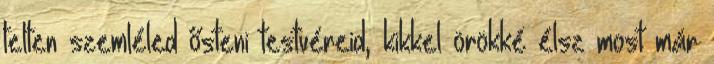
telten szemléled ősteni testvéreid, kikkel örökké élsz most már